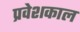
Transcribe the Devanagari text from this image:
प्रवेशकाल